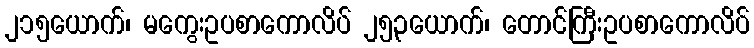
၂၁၅ယောက်၊ မကွေးဥပစာကောလိပ် ၂၅၃ယောက်၊ တောင်ကြီးဥပစာကောလိပ်